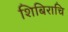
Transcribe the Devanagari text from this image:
शिबिराचि